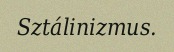
Sztálinizmus.